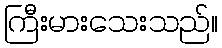
ကြီးမားသေးသည်။